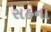
સહના